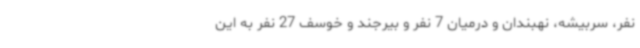
نفر، سربیشه، نهبندان و درمیان 7 نفر و بیرجند و خوسف 27 نفر به این